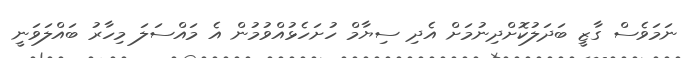
ނަމަވެސް ގާޒީ ބަދަލުކޮށްދިނުމަށް އެދި ސިޔާމް ހުށަހެޅުއްވުމުން އެ މައްސަލަ މިހާރު ބައްލަވަނީ